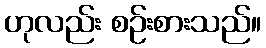
ဟုလည်း စဉ်းစားသည်။